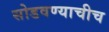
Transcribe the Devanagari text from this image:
सोडवण्याचीच